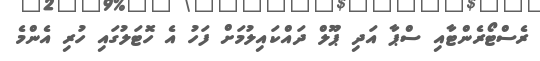
ރެސްޓޯރެންޓާއި ސްޕާ އަދި ޕޫލް ދައްކައިލުމަށް ފަހު އެ ހޮޓަލުގައި ހުރި އެންމެ